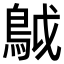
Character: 𩿠